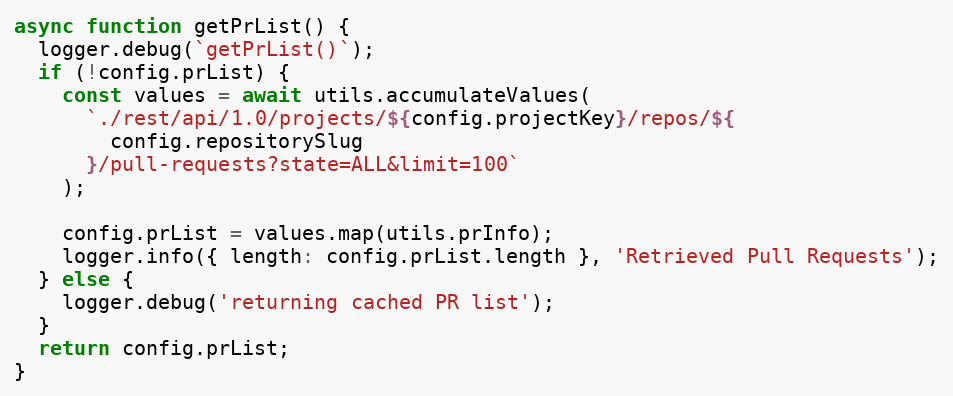
Language: JavaScript
async function getPrList() {
  logger.debug(`getPrList()`);
  if (!config.prList) {
    const values = await utils.accumulateValues(
      `./rest/api/1.0/projects/${config.projectKey}/repos/${
        config.repositorySlug
      }/pull-requests?state=ALL&limit=100`
    );

    config.prList = values.map(utils.prInfo);
    logger.info({ length: config.prList.length }, 'Retrieved Pull Requests');
  } else {
    logger.debug('returning cached PR list');
  }
  return config.prList;
}